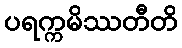
ပရက္ကမိဿတီတိ